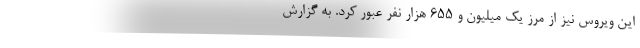
این ویروس نیز از مرز یک میلیون و ۶۵۵ هزار نفر عبور کرد. به گزارش